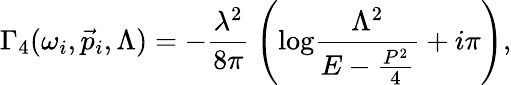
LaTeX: \Gamma_{4}(\omega_{i},\vec{p}_{i},\Lambda)=-\frac{\lambda^{2}}{8\pi}\: \left(\mathrm{log}\frac{\Lambda^{2}}{E-\frac{P^{2}}{4}}+i\pi\right),